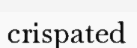
crispated